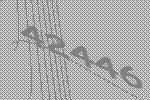
42446